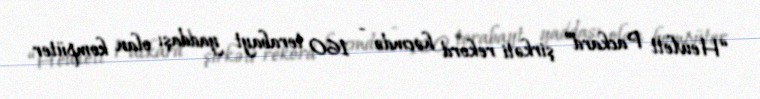
“Hewlett Packard” şirkəti rekord həcmdə - 160 terabayt yaddaşı olan kompüter